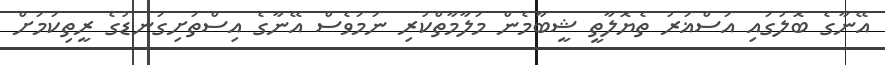
އޭނާގެ ބޮލުގައި އަސްޣަރު ތެޔޮލާތީ ޝީބާމެން މަލާމާތްކުރި ނަމަވެސް އޭނާގެ އިސްތަށިގަނޑުގެ ރީތިކަމަށް